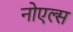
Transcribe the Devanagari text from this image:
नोएल्स